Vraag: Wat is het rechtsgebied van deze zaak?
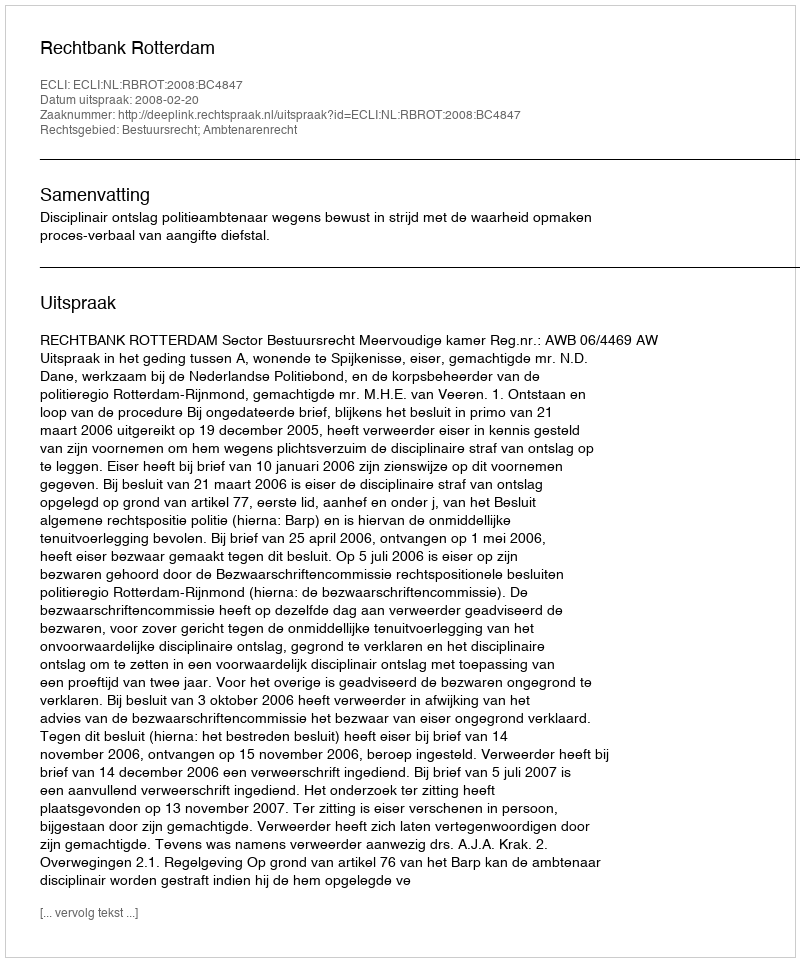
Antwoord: Bestuursrecht; Ambtenarenrecht